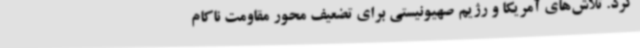
کرد. تلاش‌های آمریکا و رژیم صهیونیستی برای تضعیف محور مقاومت ناکام